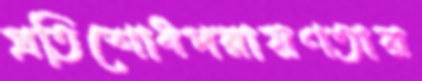
প্রতিশোধপরায়ণতার